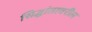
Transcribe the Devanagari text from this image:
सिद्धांतावरील